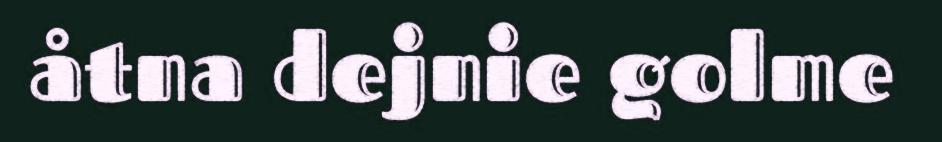
åtna dejnie golme